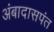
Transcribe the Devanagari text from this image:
अंबादासपंत